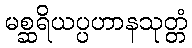
မစ္ဆရိယပ္ပဟာနသုတ္တံ